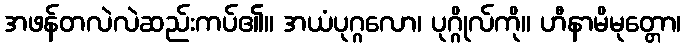
အဖန်တလဲလဲဆည်းကပ်၏။ အယံပုဂ္ဂလော၊ ပုဂ္ဂိုလ်ကို။ ဟီနာမိမုတ္တော၊